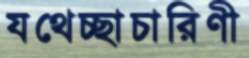
যথেচ্ছাচারিণী